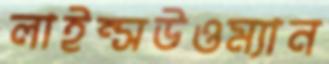
লাইন্সউওম্যান